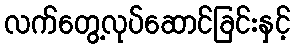
လက်တွေ့လုပ်ဆောင်ခြင်းနှင့်